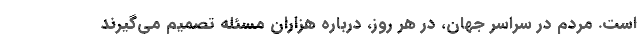
است. مردم در سراسر جهان، در هر روز، درباره هزاران مسئله تصمیم می‌گیرند